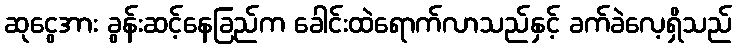
ဆုငွေအား ခွန်းဆင့်နေခြည်က ခေါင်းထဲရောက်လာသည်နှင့် ခက်ခဲလေ့ရှိသည်